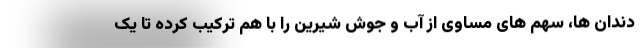
دندان ها، سهم های مساوی از آب و جوش شیرین را با هم ترکیب کرده تا یک